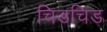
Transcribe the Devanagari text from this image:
चिडचिड